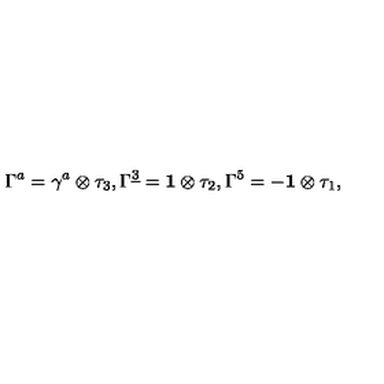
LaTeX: \Gamma ^ { a } = \gamma ^ { a } \otimes { \tau _ { 3 } } , \Gamma ^ { \underline { { 3 } } } = { \bf 1 } \otimes { \tau _ { 2 } } , \Gamma ^ { 5 } = - { \bf 1 } \otimes { \tau _ { 1 } } ,